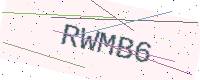
Text: RWMB6